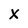
Character: x